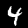
Digit: 4